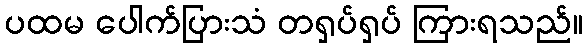
ပထမ ပေါက်ပြားသံ တရှပ်ရှပ် ကြားရသည်။